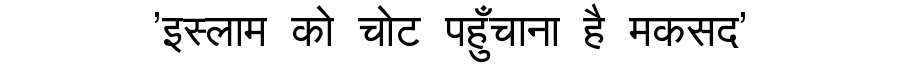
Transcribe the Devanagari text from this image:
'इस्लाम को चोट पहुँचाना है मकसद'